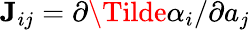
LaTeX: \mathbf{J}_{ij}=\partial\Tilde{\alpha}_{i}/\partial a_{j}